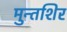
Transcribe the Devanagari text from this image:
मुन्तशिर